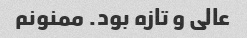
عالی و تازه بود. ممنونم